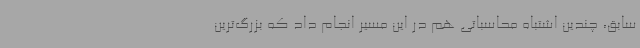
سابق، چندین اشتباه محاسباتی هم در این مسیر انجام داد که ‌بزرگ‌ترین